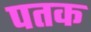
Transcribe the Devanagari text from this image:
पतक